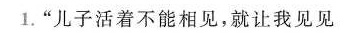
1.”儿子活着不能相见，就让我见见